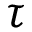
\tau